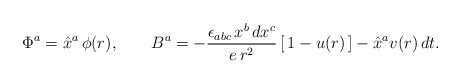
\begin{align*}\Phi^a= \hat{x}^a\,\phi(r), \qquad B^a=-\frac{\epsilon_{abc}\,x^b \, dx^c}{e\,r^2}\,[\,1-u(r)\,]-\hat{x}^a v(r)\,dt . \end{align*}